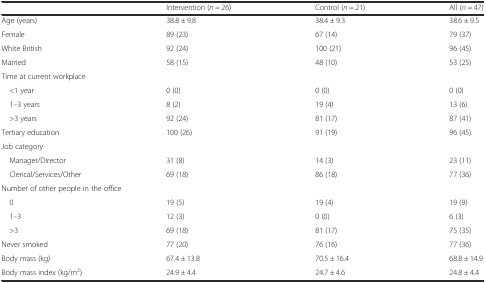
<table><thead><tr><td></td><td><b>Intervention (<i>n</i> = 26)</b></td><td><b>Control (<i>n</i> = 21)</b></td><td><b>All (<i>n</i> = 47)</b></td></tr></thead><tbody><tr><td>Age (years)</td><td>38.8 ± 9.8</td><td>38.4 ± 9.3</td><td>38.6 ± 9.5</td></tr><tr><td>Female</td><td>89 (23)</td><td>67 (14)</td><td>79 (37)</td></tr><tr><td>White British</td><td>92 (24)</td><td>100 (21)</td><td>96 (45)</td></tr><tr><td>Married</td><td>58 (15)</td><td>48 (10)</td><td>53 (25)</td></tr><tr><td colspan="4">Time at current workplace</td></tr><tr><td> &lt;1 year</td><td>0 (0)</td><td>0 (0)</td><td>0 (0)</td></tr><tr><td> 1–3 years</td><td>8 (2)</td><td>19 (4)</td><td>13 (6)</td></tr><tr><td> &gt;3 years</td><td>92 (24)</td><td>81 (17)</td><td>87 (41)</td></tr><tr><td>Tertiary education</td><td>100 (26)</td><td>91 (19)</td><td>96 (45)</td></tr><tr><td colspan="4">Job category</td></tr><tr><td> Manager/Director</td><td>31 (8)</td><td>14 (3)</td><td>23 (11)</td></tr><tr><td> Clerical/Services/Other</td><td>69 (18)</td><td>86 (18)</td><td>77 (36)</td></tr><tr><td colspan="4">Number of other people in the office</td></tr><tr><td> 0</td><td>19 (5)</td><td>19 (4)</td><td>19 (9)</td></tr><tr><td> 1–3</td><td>12 (3)</td><td>0 (0)</td><td>6 (3)</td></tr><tr><td> &gt;3</td><td>69 (18)</td><td>81 (17)</td><td>75 (35)</td></tr><tr><td>Never smoked</td><td>77 (20)</td><td>76 (16)</td><td>77 (36)</td></tr><tr><td>Body mass (kg)</td><td>67.4 ± 13.8</td><td>70.5 ± 16.4</td><td>68.8 ± 14.9</td></tr><tr><td>Body mass index (kg/m<sup>2</sup>)</td><td>24.9 ± 4.4</td><td>24.7 ± 4.6</td><td>24.8 ± 4.4</td></tr></tbody></table>